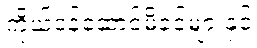
ကိုယ်ဝန်ဆောင်မိခင်များနှင့်